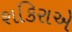
શકિરાએ